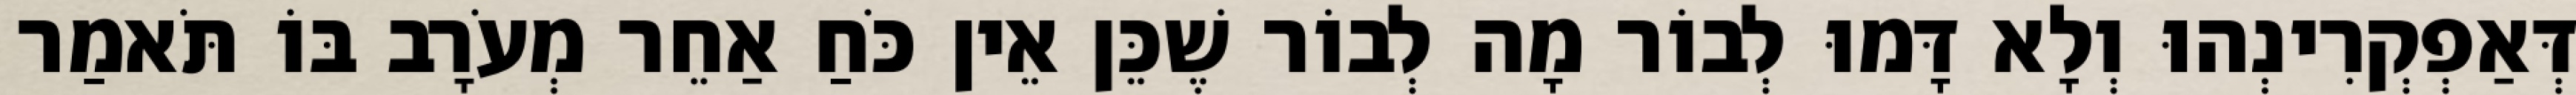
דְּאַפְקְרִינְהוּ וְלָא דָּמוּ לְבוֹר מָה לְבוֹר שֶׁכֵּן אֵין כֹּחַ אַחֵר מְעֹרָב בּוֹ תֹּאמַר